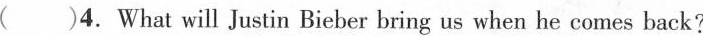
( )4.What will Justin Bieber bring us when he comes back?